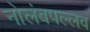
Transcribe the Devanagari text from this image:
नोलंबपल्लव